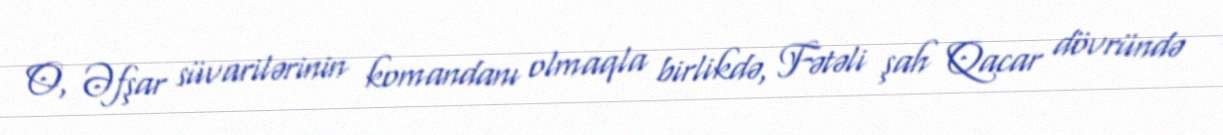
O, Əfşar süvarilərinin komandanı olmaqla birlikdə, Fətəli şah Qacar dövründə